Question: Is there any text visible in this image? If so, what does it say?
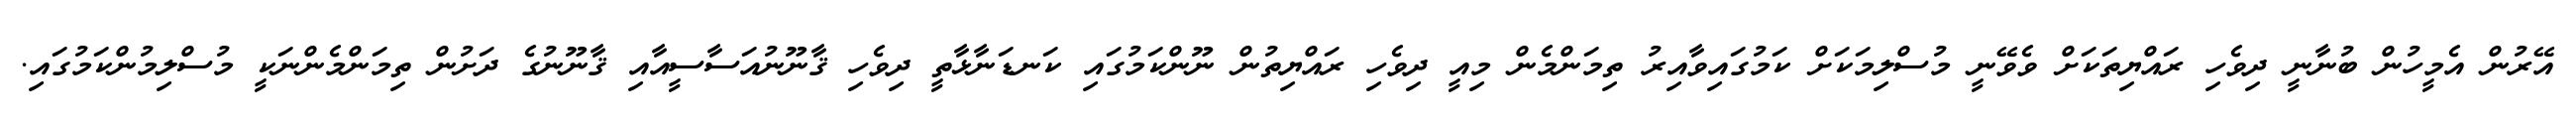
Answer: އޭރުން އެމީހުން ބުނާނީ ދިވެހި ރައްޔިތަކަށް ވެވޭނީ މުސްލިމަކަށް ކަމުގައިވާއިރު ތިމަންމެން މިއީ ދިވެހި ރައްޔިތުން ނޫންކަމުގައި ކަނޑަނާޅާތީ ދިވެހި ޤާނޫނުއަސާސީއާއި ޤާނޫނުގެ ދަށުން ތިމަންމެންނަކީ މުސްލިމުންކަމުގައި.